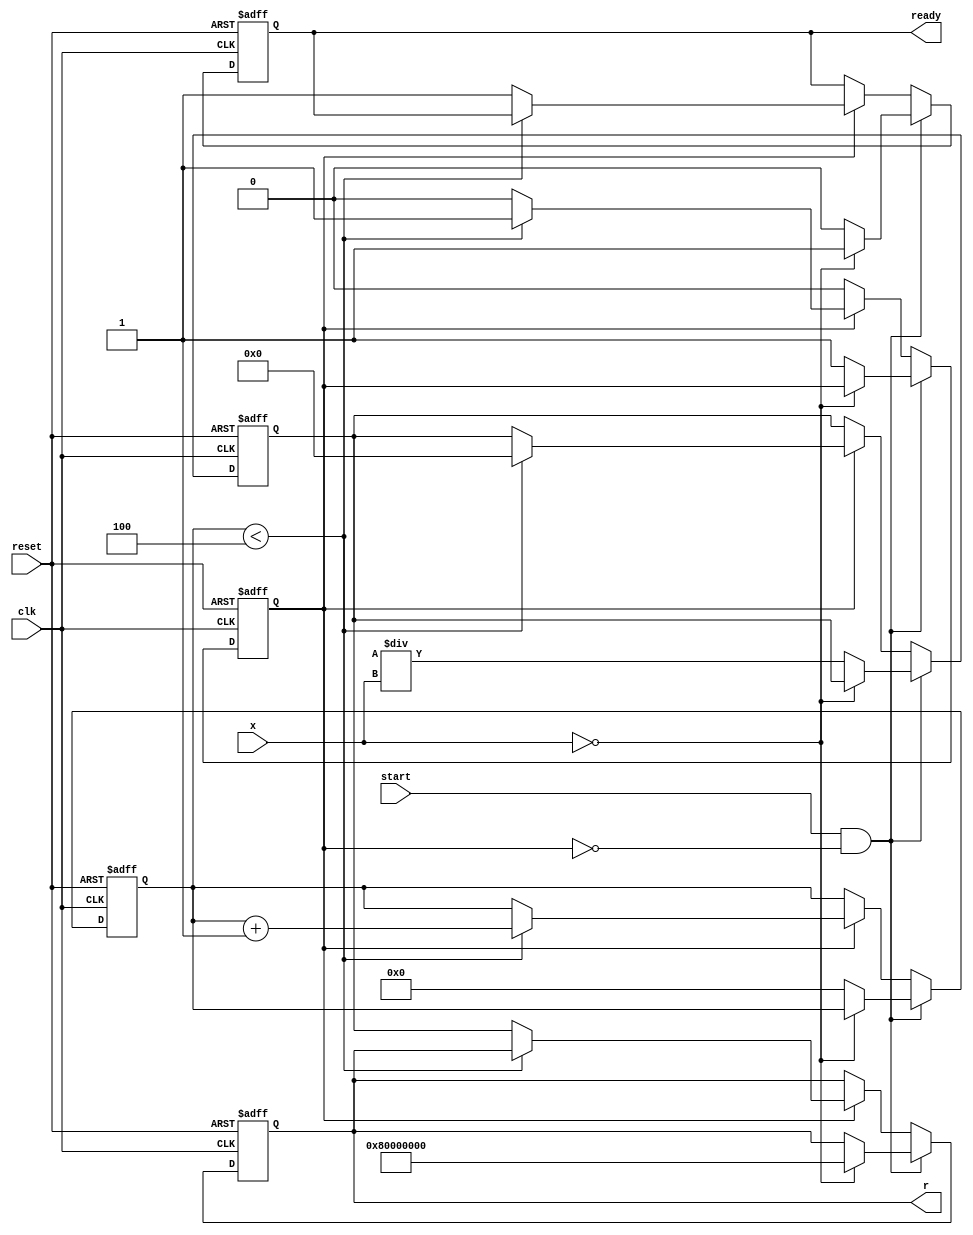
module ReciprocalUnit #(
    parameter WIDTH = 32,             // Width of input/output
    parameter ITERATIONS = 4          // Number of iterations for Newton-Raphson
)(
    input  wire                  clk,     // Clock
    input  wire                  reset,   // Reset
    input  wire                  start,   // Start signal
    input  wire [WIDTH-1:0]     x,       // Input value
    output reg  [WIDTH-1:0]     r,       // Reciprocal output
    output reg                  ready     // Ready signal
);

    reg [WIDTH-1:0] estimate;             // Current estimate of the reciprocal
    reg [3:0] iteration_count;              // Iteration counter
    reg busy;                                // Busy flag

    // State machine to handle reciprocal calculation
    always @(posedge clk or posedge reset) begin
        if (reset) begin
            r <= 0;
            ready <= 0;
            estimate <= 0;
            iteration_count <= 0;
            busy <= 0;
        end else begin
            if (start && !busy) begin
                // Start computation
                if (x == 0) begin
                    // Handle division by zero
                    r <= {1'b1, {WIDTH-1{1'b0}}}; // Return infinity (or your defined error representation)
                    ready <= 1;
                end else begin
                    estimate <= (1 << WIDTH) / x; // Initial guess: 1/x
                    iteration_count <= 0;
                    busy <= 1;
                    ready <= 0;
                end
            end else if (busy) begin
                // Perform Newton-Raphson iteration
                if (iteration_count < ITERATIONS) begin
                    estimate <= estimate * (2 - x * estimate) >> WIDTH; // Update estimate
                    iteration_count <= iteration_count + 1;
                end else begin
                    // Finished iterations
                    r <= estimate; // Final reciprocal
                    ready <= 1;
                    busy <= 0;
                end
            end
        end
    end

endmodule